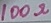
Text: 100Ω